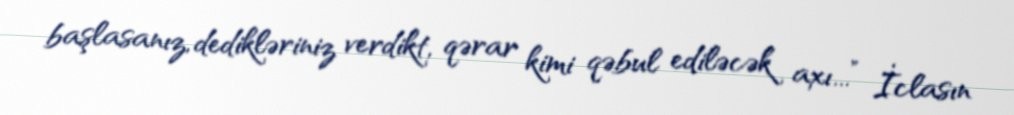
başlasanız, dedikləriniz verdikt, qərar kimi qəbul ediləcək axı...” İclasın